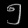
Digit: ၅